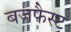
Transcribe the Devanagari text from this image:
बजफैस्ट